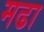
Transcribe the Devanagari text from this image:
मढा